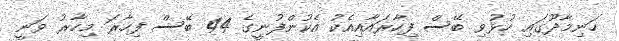
ހަނިމާދޫގައި ހުޅުވި ބޭސް ފިހާރައާއިއެކު އެކުންފުނީގެ 44 ބޭސް ފިހާރަ މިހާރު ވަނީ